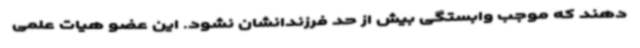
دهند که موجب وابستگی بیش از حد فرزندانشان نشود. این عضو هیات علمی